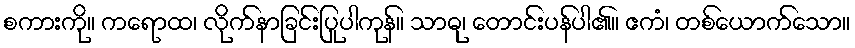
စကားကို။ ကရောထ၊ လိုက်နာခြင်းပြုပါကုန်။ သာဓု၊ တောင်းပန်ပါ၏။ ဧကံ၊ တစ်ယောက်သော။